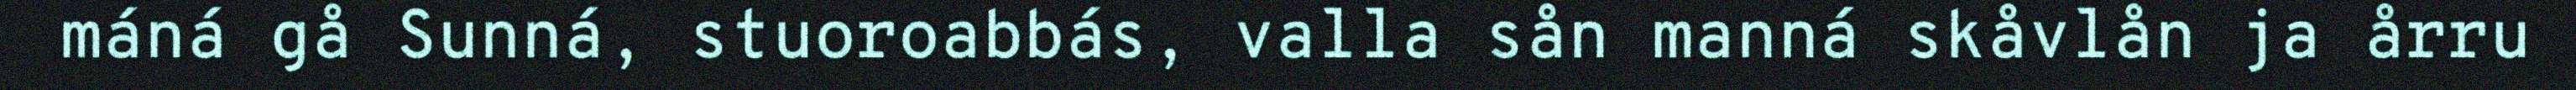
máná gå Sunná, stuoroabbás, valla sån manná skåvlån ja årru